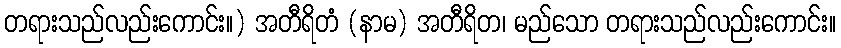
တရားသည်လည်းကောင်း။) အတီရိတံ (နာမ) အတီရိတ၊ မည်သော တရားသည်လည်းကောင်း။